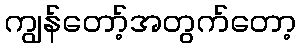
ကျွန်တော့်အတွက်တော့